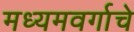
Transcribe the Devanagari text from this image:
मध्यमवर्गाचे